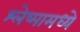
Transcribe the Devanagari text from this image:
श्लेष्मामध्ये